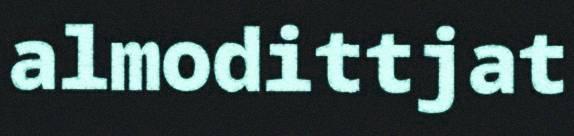
almodittjat